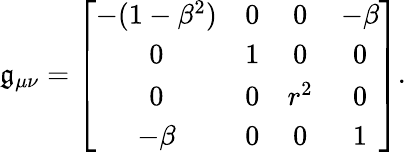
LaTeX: \mathfrak{g}_{\mu\nu}=\left[\begin{array}{cccc}{-(1-\beta^{2})}&{0}&{0}&{-\beta}\\ {0}&{1}&{0}&{0}\\ {0}&{0}&{r^{2}}&{0}\\ {-\beta}&{0}&{0}&{1}\end{array}\right].